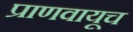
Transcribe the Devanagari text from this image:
प्राणवायूच